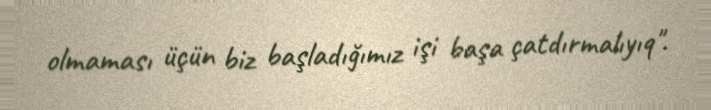
olmaması üçün biz başladığımız işi başa çatdırmalıyıq".